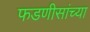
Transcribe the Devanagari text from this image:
फडणीसांच्या